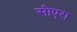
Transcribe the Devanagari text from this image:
सीएरा